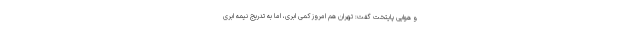
و هوایی پایتخت گفت: تهران هم امروز کمی ابری، اما به تدریج نیمه ابری